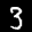
Label: 3